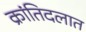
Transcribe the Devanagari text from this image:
क्रांतिदलात